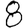
Digit: 8